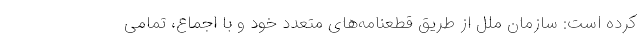
کرده است: سازمان ملل از طریق قطعنامه‌های متعدد خود و با اجماع، تمامی